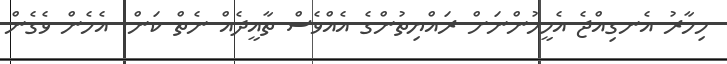
މިހާރު އެނގިއްޖެ އެމީހުންނަށް ރައްޔިތުންގެ އެއްވެސް ތާއީދެއް ނެތް ކަން. އެހެން ވެގެން